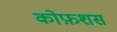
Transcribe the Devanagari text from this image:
कोफ़शस